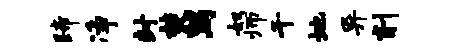
蹄净封焚舄奴师千地异削